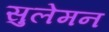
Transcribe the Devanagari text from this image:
सुलेमन